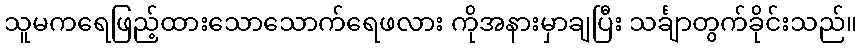
သူမကရေဖြည့်ထားသောသောက်ရေဖလား ကိုအနားမှာချပြီး သင်္ချာတွက်ခိုင်းသည်။